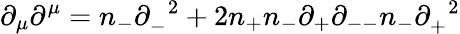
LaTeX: {\partial}_{\mu}{\partial}^{\mu}=n_{-}{\partial}_{-}^{\; \; 2}+2n_{+}n_{-}{\partial}_{+}{\partial}_{--}n_{-}{\partial}_{+}^{\; \; 2}